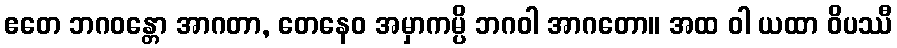
ဧတေ ဘဂဝန္တော အာဂတာ, တေနေဝ အမှာကမ္ပိ ဘဂဝါ အာဂတော။ အထ ဝါ ယထာ ဝိပဿီ